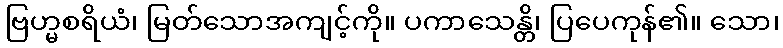
ဗြဟ္မစရိယံ၊ မြတ်သောအကျင့်ကို။ ပကာသေန္တိ၊ ပြပေကုန်၏။ သော၊